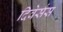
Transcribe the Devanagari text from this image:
दिवेर्सस